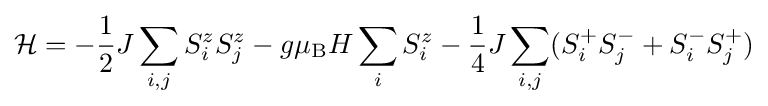
{\mathcal {H}}=-{\frac {1}{2}}J\sum _{i,j}S_{i}^{z}S_{j}^{z}-g\mu _{\rm {B}}H\sum _{i}S_{i}^{z}-{\frac {1}{4}}J\sum _{i,j}(S_{i}^{+}S_{j}^{-}+S_{i}^{-}S_{j}^{+})